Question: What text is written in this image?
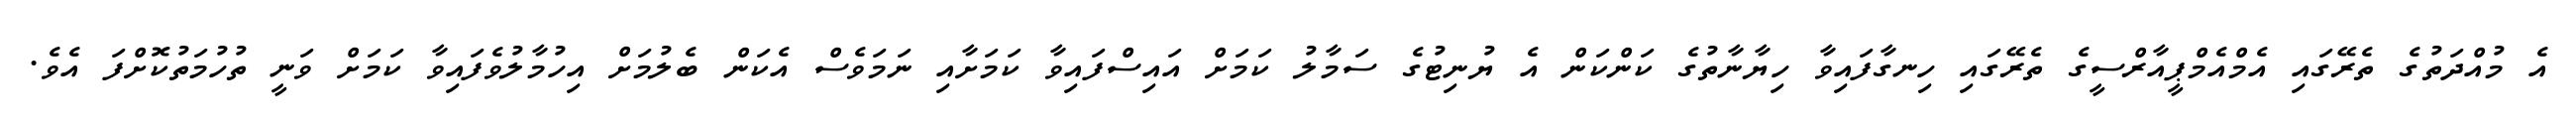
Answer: އެ މުއްދަތުގެ ތެރޭގައި އެމްއެމްޕީއާރްސީގެ ތެރޭގައި ހިނގާފައިވާ ހިޔާނާތުގެ ކަންކަން އެ ޔުނިޓުގެ ސަމާލު ކަމަށް އައިސްފައިވާ ކަމަށާއި ނަމަވެސް އެކަން ބެލުމަށް އިހުމާލުވެފައިވާ ކަމަށް ވަނީ ތުހުމަތުކޮށްފަ އެވެ.